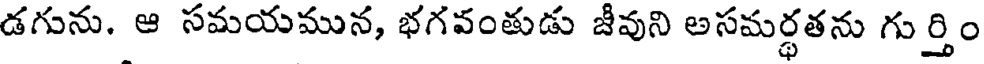
డగును. ఆ సమయమున, భగవంతుడు జీవుని అసమర్థతను గుర్తిం